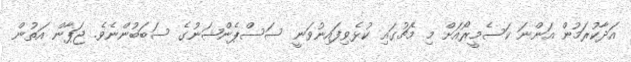
އަދާކުރަމުން އަންނަ ކަސެމީރޯއަށް މި މެޗުގައި ކުޅެވިފައިނުވަނީ ސަސްޕެންޝަނުގެ ސަބަބުންނެވެ. ޖަޕާން އަތުން